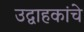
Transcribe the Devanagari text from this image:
उद्वाहकांचे